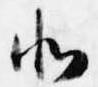
北